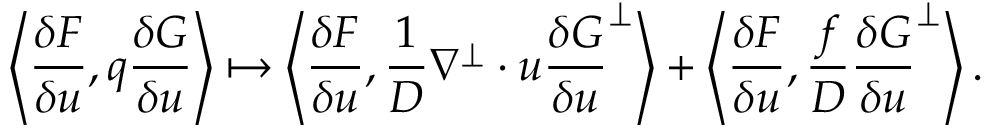
\left\langle \frac { \delta F } { \delta u } , q \frac { \delta G } { \delta u } \right\rangle \mapsto \left\langle \frac { \delta F } { \delta u } , \frac { 1 } { D } \nabla ^ { \perp } \cdot u \frac { \delta G } { \delta u } ^ { \perp } \right\rangle + \left\langle \frac { \delta F } { \delta u } , \frac { f } { D } \frac { \delta G } { \delta u } ^ { \perp } \right\rangle .